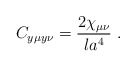
\begin{align*}C_{y\mu y\nu} = {2\chi_{\mu\nu} \over l a^4} \ . \end{align*}